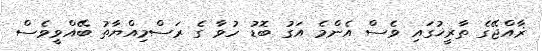
ޜާއްޖޭގެ ތާރީޚުގައި ވެސް އެންމެ އަގު ބޮޑު ހުވާ ގެ ރަސްމިއްޔާތު ބޭއްވީވެސް